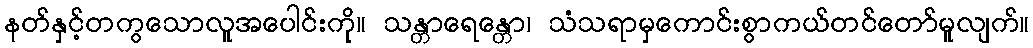
နတ်နှင့်တကွသောလူအပေါင်းကို။ သန္တာရေန္တော၊ သံသရာမှကောင်းစွာကယ်တင်တော်မူလျက်။